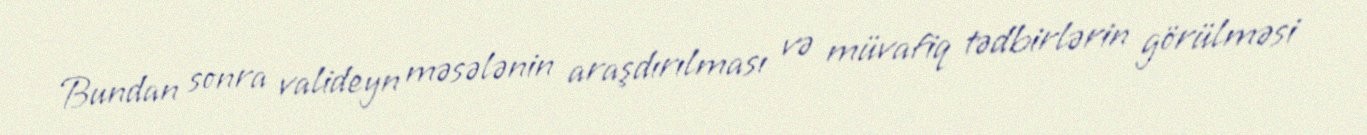
Bundan sonra valideyn məsələnin araşdırılması və müvafiq tədbirlərin görülməsi